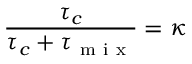
\frac { \tau _ { c } } { \tau _ { c } + \tau _ { \mathrm { ~ m ~ i ~ x ~ } } } = \kappa